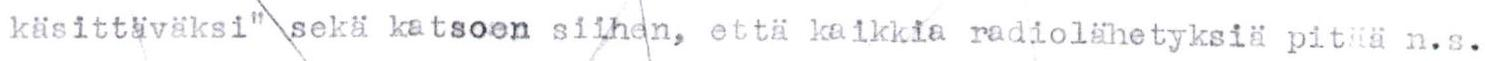
kasittäväksi" sekä katsoen siihen, että kaikkia radiolähetyksiä pitää n.s.